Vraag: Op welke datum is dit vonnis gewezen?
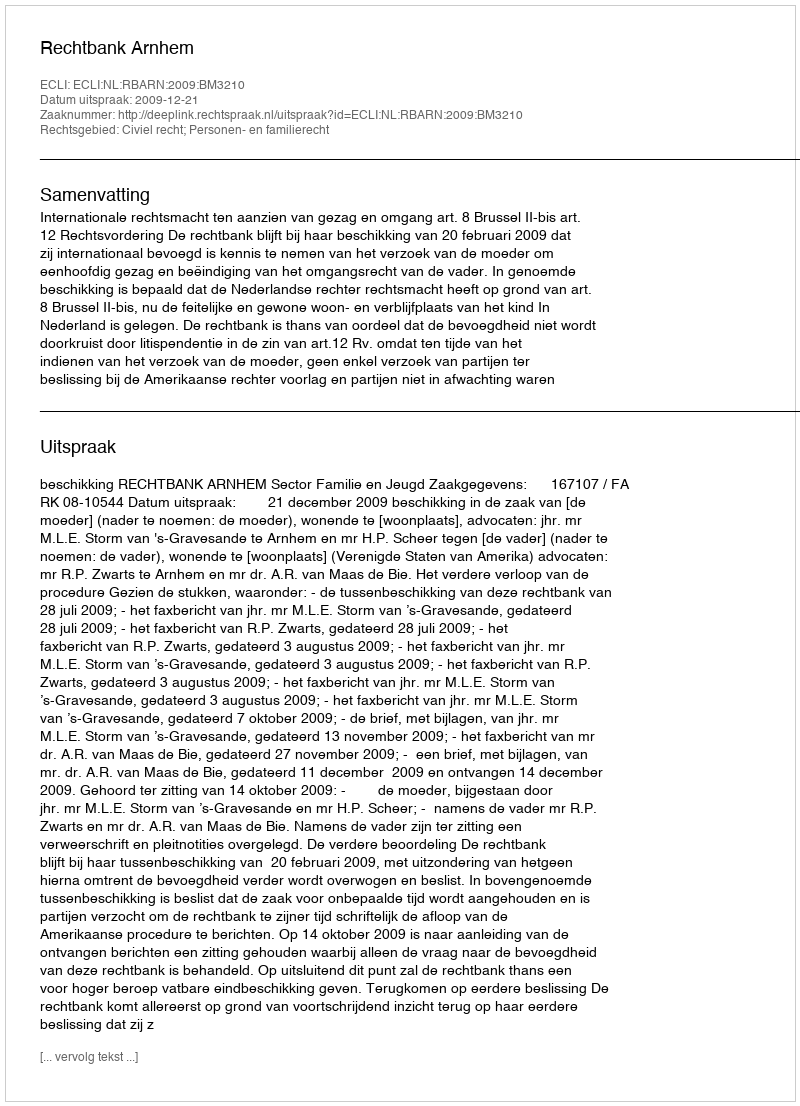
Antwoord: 2009-12-21